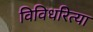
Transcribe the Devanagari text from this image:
विविधरित्या